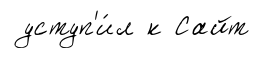
уступ'и́л к Сайт